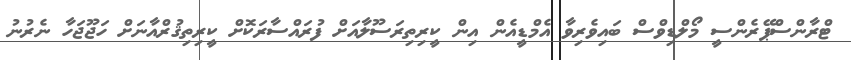
ޓްރާންސްޕޭރެންސީ މޯލްޑިވްސް ބައިވެރިވާ އެމްޑީއެން އިން ކީރިތިރަސޫލާއަށް ފުރައްސާރަކޮށް ކީރިތިޤުރްއާނަށް ހަޖޫޖަހާ ނެރުނު